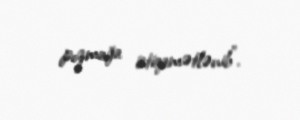
pozmağa istiqamətlənib”.